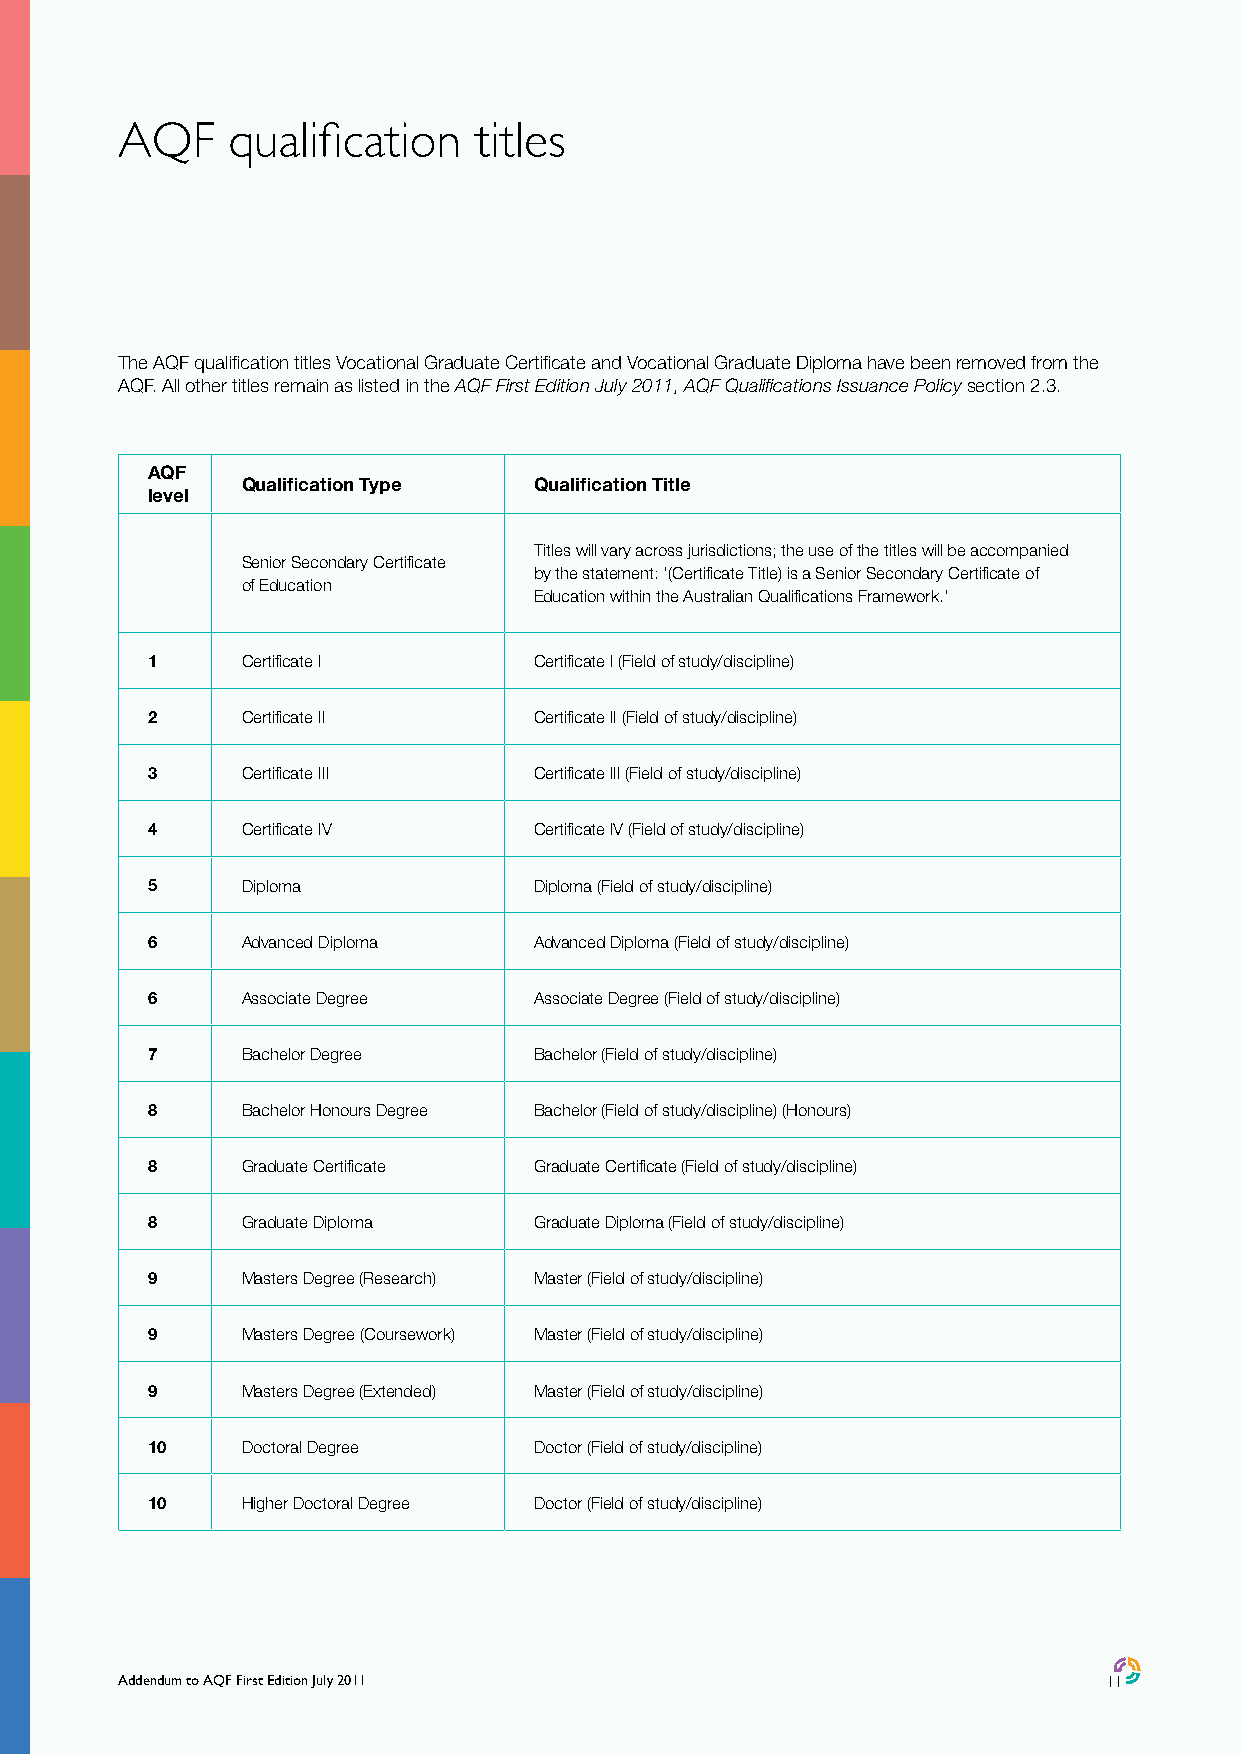
AQF    qualification   titles
 The AQF qualification titles Vocational Graduate Certificate and Vocational Graduate Diploma have been removed from the
 AQF. All other titles remain as listed in the AQF First Edition July 2011, AQF Qualifications Issuance Policy section 2.3.
 AQF
 Qualification Type Qualification Title
 level
 Titles will vary across jurisdictions; the use of the titles will be accompanied
 Senior Secondary Certificate
 by the statement: ‘(Certificate Title) is a Senior Secondary Certificate of
 of Education
 Education within the Australian Qualifications Framework.’
 1     Certificate I      Certificate I (Field of study/discipline)
 2     Certificate II     Certificate II (Field of study/discipline)
 3     Certificate III    Certificate III (Field of study/discipline)
 4     Certificate IV     Certificate IV (Field of study/discipline)
 5     Diploma            Diploma (Field of study/discipline)
 6     Advanced Diploma   Advanced Diploma (Field of study/discipline)
 6     Associate Degree   Associate Degree (Field of study/discipline)
 7     Bachelor Degree    Bachelor (Field of study/discipline)
 8     Bachelor Honours Degree Bachelor (Field of study/discipline) (Honours)
 8     Graduate Certificate Graduate Certificate (Field of study/discipline)
 8     Graduate Diploma   Graduate Diploma (Field of study/discipline)
 9     Masters Degree (Research) Master (Field of study/discipline)
 9     Masters Degree (Coursework) Master (Field of study/discipline)
 9     Masters Degree (Extended) Master (Field of study/discipline)
 10    Doctoral Degree    Doctor (Field of study/discipline)
 10    Higher Doctoral Degree Doctor (Field of study/discipline)
 Addendum to AQF First Edition July 2011                          11